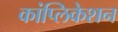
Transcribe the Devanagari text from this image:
कांप्लिकेशन